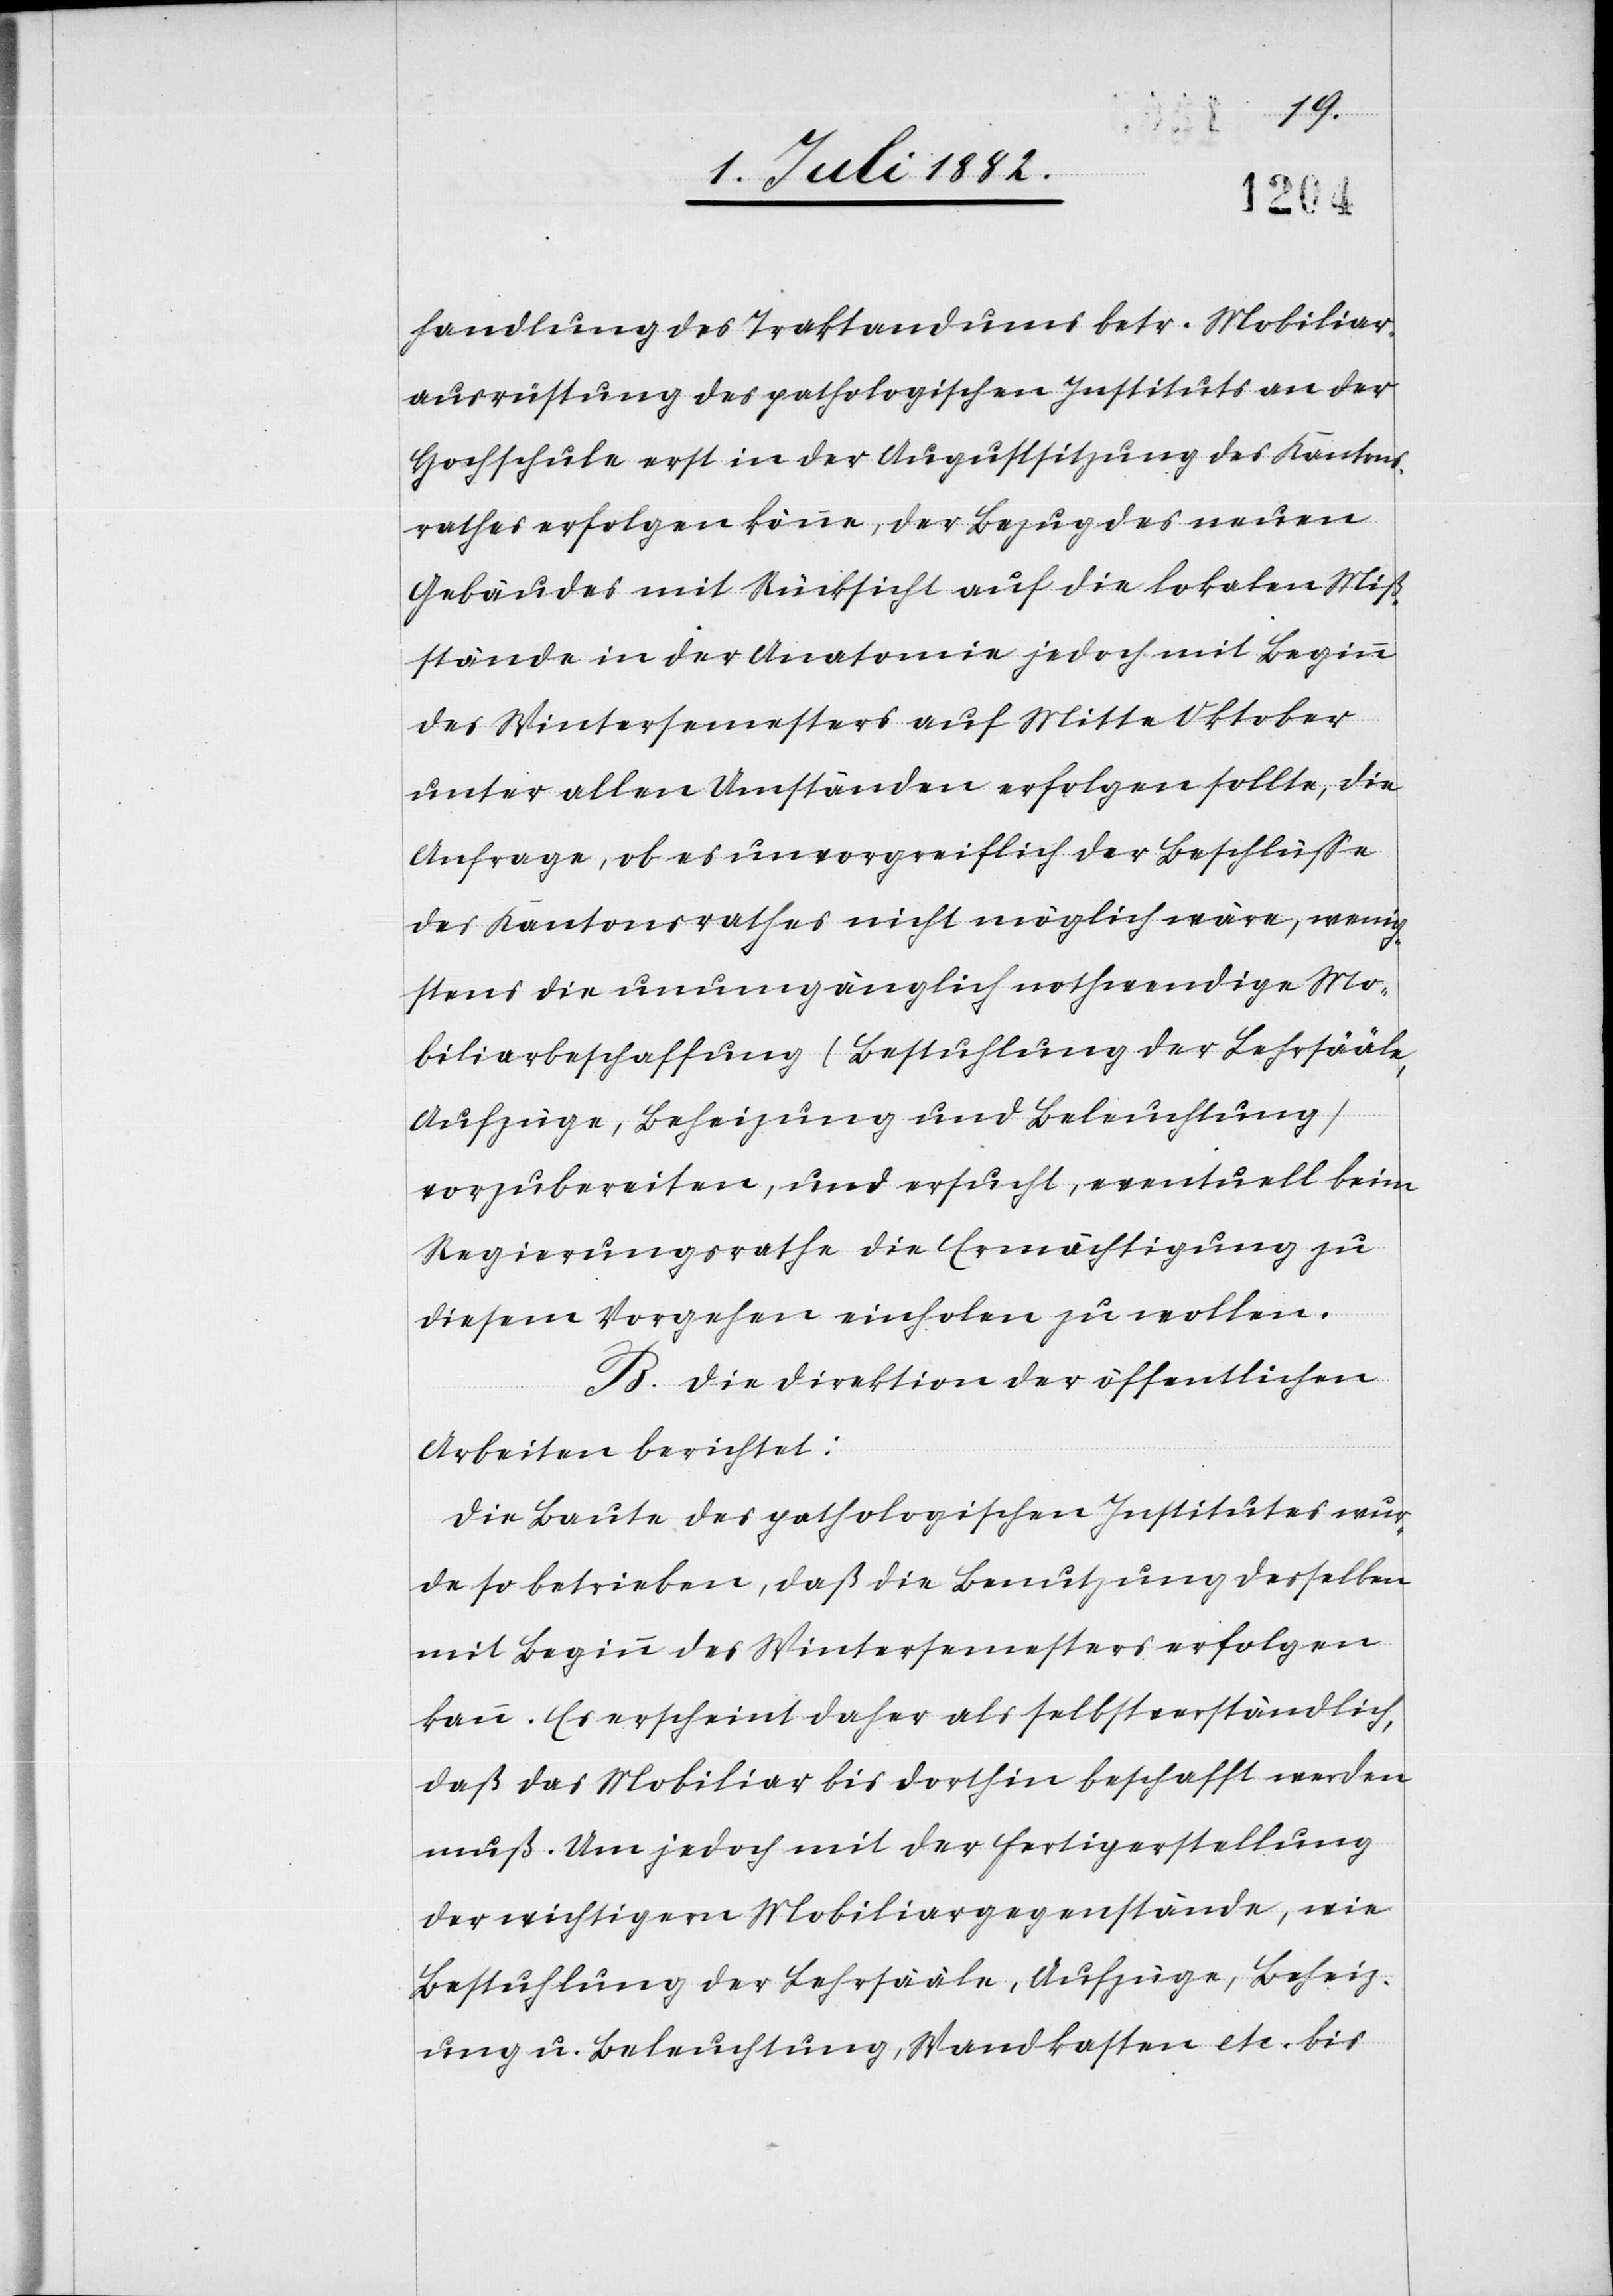
handlung des Traktandums betr. Mobiliar¬
ausrüstung des pathologischen Instituts an der
Hochschule erst in der Augustsitzung des Kantons¬
rathes erfolgen könne, der Bezug des neuen
Gebäudes mit Rücksicht auf die lokalen Miß¬
stände in der Anatomie jedoch mit Beginn
des Wintersemesters auf Mitte Oktober
unter allen Umständen erfolgen sollte, die
Anfrage, ob es unvorgreiflich der Beschlüsse
des Kantonsrathes nicht möglich wäre, wenig¬
stens die unumgänglich nothwendige Mo¬
biliarbeschaffung (Bestuhlung der Lehrsääle,
Aufzüge, Beheizung und Beleuchtung)
vorzubereiten, und ersucht, eventuell beim
Regierungsrathe die Ermächtigung zu
diesem Vorgehen einholen zu wollen.
B. Die Direktion der öffentlichen
Arbeiten berichtet:
Die Baute des pathologischen Institutes wur¬
de so betrieben, daß die Benutzung desselben
mit Beginn des Wintersemesters erfolgen
kann. Es erscheint daher als selbstverständlich,
daß das Mobiliar bis dorthin beschafft werden
muß. Um jedoch mit der Fertigerstellung
der wichtigern Mobiliargegenstände, wie
Bestuhlung der Lehrsääle, Aufzüge, Beheiz¬
ung u. Beleuchtung, Wandkasten etc. bis